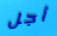
أجل